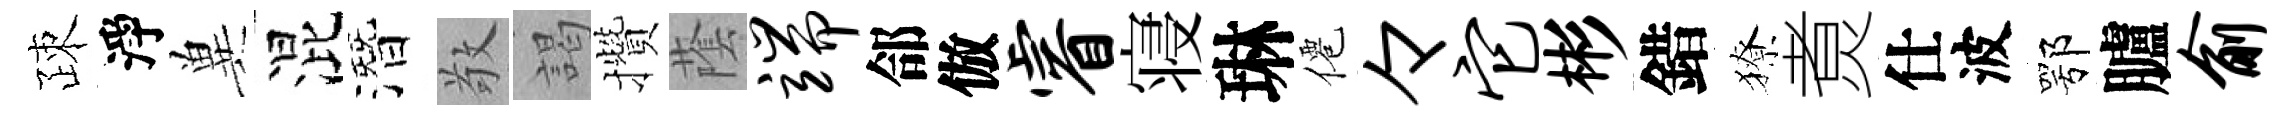
疎淨兾混潛敬謁攢䕃端郃倣睿寝琳僊々它彬錯獠煑仕波鄂臚俞